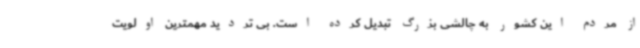
از مردم این کشور به چالشی بزرگ تبدیل کرده است. بی تردید مهمترین اولویت